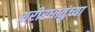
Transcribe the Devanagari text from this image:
शरीरधातुंच्या